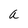
Character: a